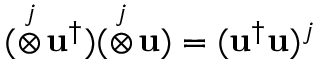
( \stackrel { j } { \otimes } \! \mathbf { u } ^ { \dag } ) ( \stackrel { j } { \otimes } \! \mathbf { u } ) = ( \mathbf { u } ^ { \dag } \mathbf { u } ) ^ { j }